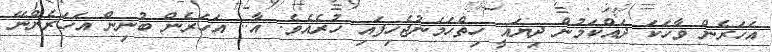
އަހަރެން ވާހަކަ ދައްކަމުން ދިޔައީ ހިތްހަމަނުޖެހިފައި ހުރެއެވެ. އާ.. އަހަރެން ބުނިން އަހަރެންނޭ